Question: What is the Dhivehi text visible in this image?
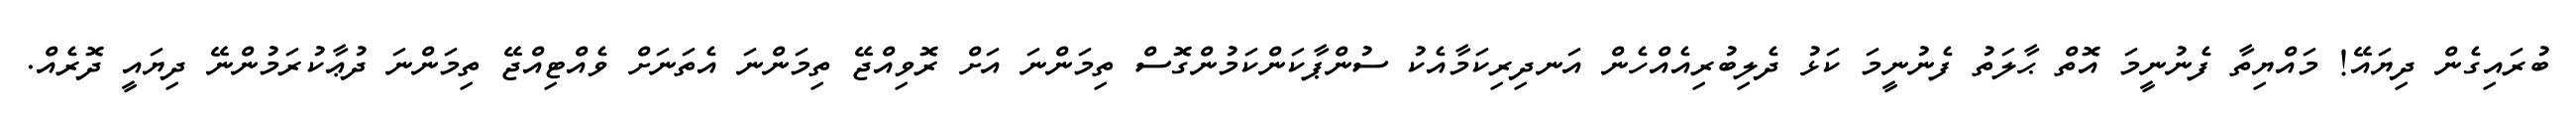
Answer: ބުރައިގެން ދިޔައޭ! މައްޔިތާ ފެނުނީމަ އޮތް ޙާލަތު ފެނުނީމަ ކަޅު ދެލިބުރިއެއްހެން އަނދިރިކަމާއެކު ސުންޕާކަންކަމުންގޮސް ތިމަންނަ އަށް ރޮވިއްޖޭ ތިމަންނަ އެތަނަށް ވެއްޓިއްޖޭ ތިމަންނަ ދުޢާކުރަމުންނޭ ދިޔައީ ދޮރެއް.